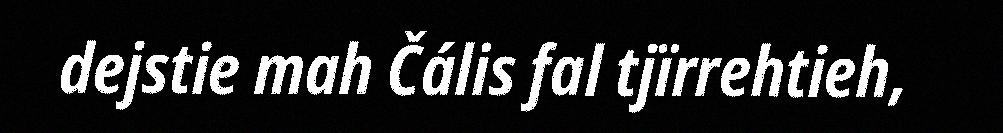
dejstie mah Čális fal tjïrrehtieh,